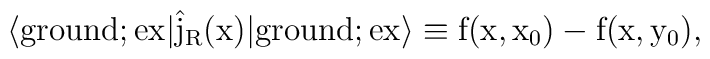
\langle {\rm ground};\rm ex|\hat{j}_R(x)|{\rm ground};\rm ex \rangle\equiv f(x,x_0) - f(x,y_0),